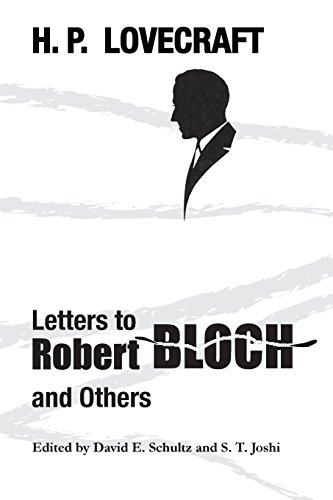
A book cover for Letters to Robert Bloch and Others; H. P. Lovecraft; Literature & Fiction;